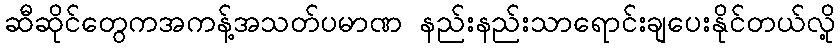
ဆီဆိုင်တွေကအကန့်အသတ်ပမာဏ နည်းနည်းသာရောင်းချပေးနိုင်တယ်လို့